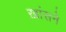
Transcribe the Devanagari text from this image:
ख़ांसने